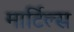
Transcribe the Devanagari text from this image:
मार्टिल्स